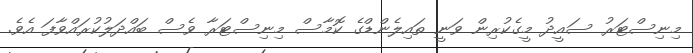
މިނިސްޓަރު ސައީދު މީގެކުރިން ވަނީ ތައިލެންޑްގެ ކޮމާސް މިނިސްޓަރާ ވެސް ބައްދަލުކުރައްވާފަ އެވެ.